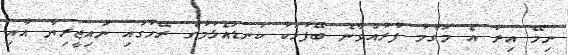
ނިމޭ އިރު އެ މަގާމު ފުރުއްވާނެ ބޭފުޅަކު ކަނޑައެޅުމުގެ ރޭހުގައި ނައިޖީރިޔާ އާއި